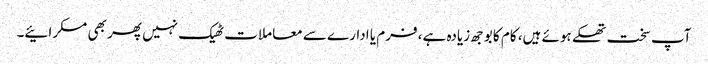
آپ سخت تھکے ہوئے ہیں، کام کا بوجھ زیادہ ہے، فرم یا ادارے سے معاملات ٹھیک نہیں پھر بھی مسکرائیے۔